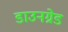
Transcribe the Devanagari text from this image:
डाउनग्रेड